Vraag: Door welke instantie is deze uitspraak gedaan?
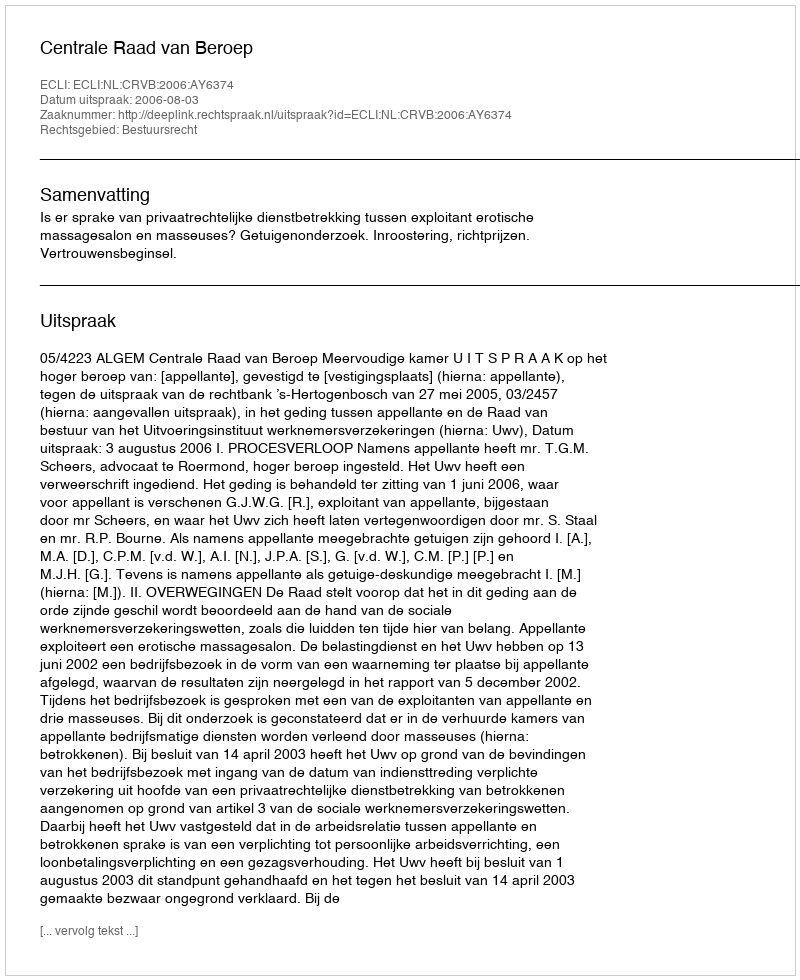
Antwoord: Centrale Raad van Beroep